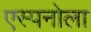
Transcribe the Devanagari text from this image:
एस्पनोला